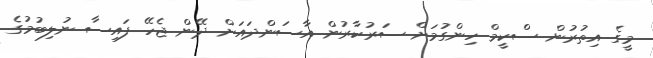
މީގެ އިތުރުން ސްކީމް ހިންގުމަށް ސަރުކާރުން އާސަންދައަށް ދޭން ޖެހޭ ފައިސާ ނުލިބުމުގެ